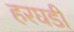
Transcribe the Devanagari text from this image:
हरघडी